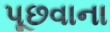
પૂછવાના